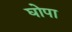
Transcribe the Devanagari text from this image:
घोपा